Source: Handwritten
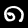
Digit: ၈ (8)